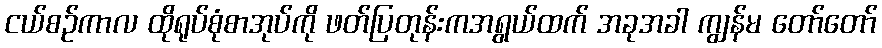
ငယ်စဉ်ကာလ ထိုရုပ်စုံစာအုပ်ကို ဖတ်ပြတုန်းကအရွယ်ထက် အခုအခါ ကျွန်မ တော်တော်